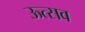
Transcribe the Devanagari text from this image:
ऊत्सव